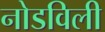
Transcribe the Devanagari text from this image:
नोडविली